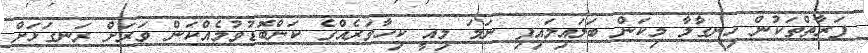
ފަރާތްތަކުން ހިނގާލާ މިކަން ބަލައިލައިފި ނަމަ މިއީ ކިހާވަރެއްގެ ކަންބޮޑުވުމެއްކަން ވަރަށް ރަނގަޅަށް